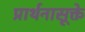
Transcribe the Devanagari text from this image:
प्रार्थनासूक्ते